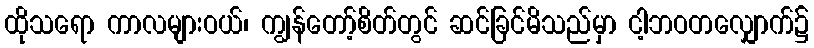
ထိုသရော ကာလများဝယ်၊ ကျွန်တော့်စိတ်တွင် ဆင်ခြင်မိသည်မှာ ငါ့ဘဝတလျှောက်၌